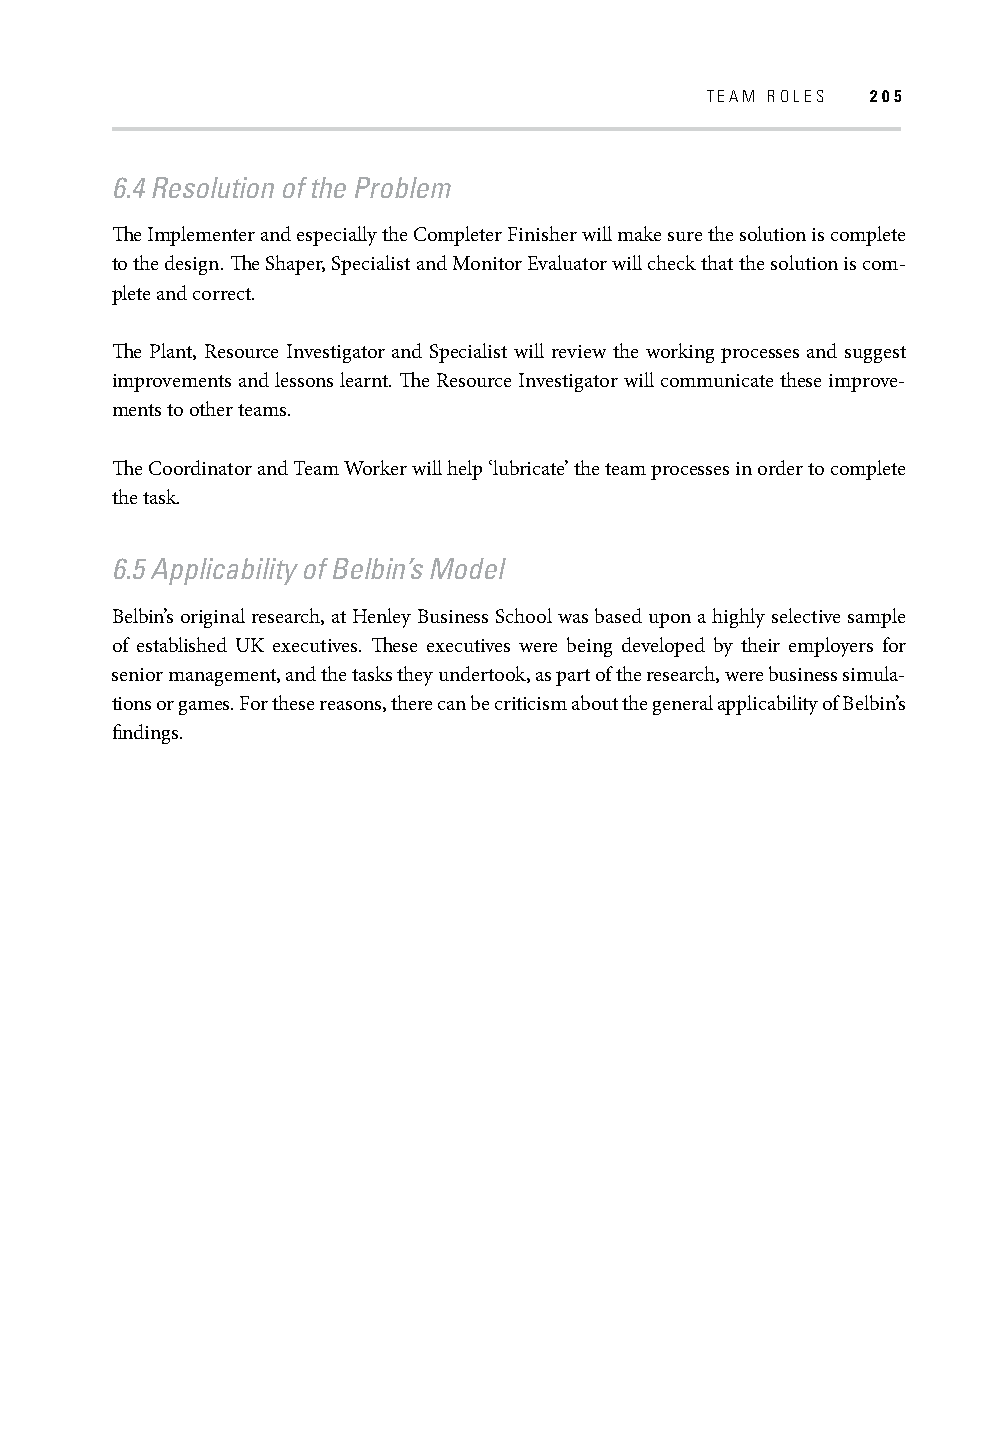
TEAM ROLES 205
 6.4 Resolution of the Problem
 Th e Implementer and especially the Completer Finisher will make sure the solution is complete
 to the design. Th e Shaper, Specialist and Monitor Evaluator will check that the solution is com-
 plete and correct.
 Th e Plant, Resource Investigator and Specialist will review the working processes and suggest
 improvements and lessons learnt. Th e Resource Investigator will communicate these improve-
 ments to other teams.
 Th e Coordinator and Team Worker will help ‘lubricate’ the team processes in order to complete
 the task.
 6.5 Applicability of Belbin’s Model
 Belbin’s original research, at Henley Business School was based upon a highly selective sample
 of established UK executives. Th ese executives were being developed by their employers for
 s enior management, and the tasks they undertook, as part of the research, were business simula-
 tions or games. For these reasons, there can be criticism about the general applicability of Belbin’s
 fi ndings.